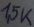
Text: 1,5K